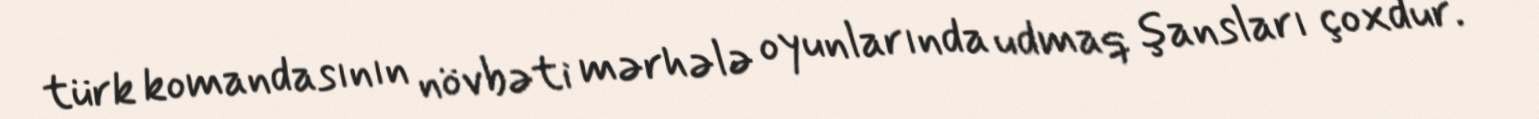
türk komandasının növbəti mərhələ oyunlarında udmaq şansları çoxdur.